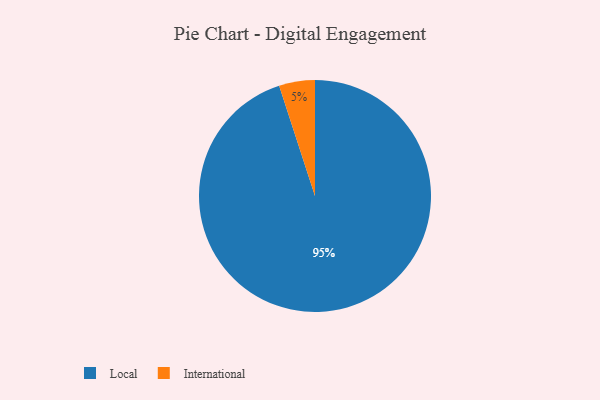
{"axis": {"x": "Category", "y": "Percentage"}, "legend": ["International", "Local"], "data": [{"x": "International", "y": 5, "type": "International"}, {"x": "Local", "y": 95, "type": "Local"}]}